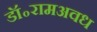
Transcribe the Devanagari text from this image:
डॉ॰रामअवध